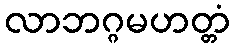
လာဘဂ္ဂမဟတ္တံ